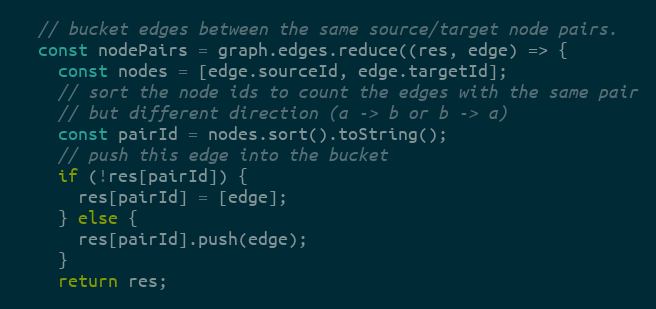
Language: JavaScript
  // bucket edges between the same source/target node pairs.
  const nodePairs = graph.edges.reduce((res, edge) => {
    const nodes = [edge.sourceId, edge.targetId];
    // sort the node ids to count the edges with the same pair
    // but different direction (a -> b or b -> a)
    const pairId = nodes.sort().toString();
    // push this edge into the bucket
    if (!res[pairId]) {
      res[pairId] = [edge];
    } else {
      res[pairId].push(edge);
    }
    return res;